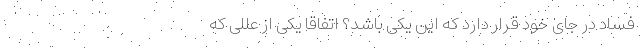
فساد در جای خود قرار دارد که این یکی باشد؟ اتفاقاً یکی از عللی که